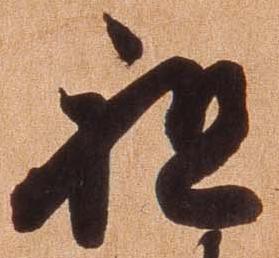
祖